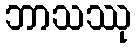
ဘာသဿု